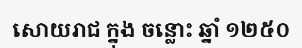
សោយរាជ ក្នុង ចន្លោះ ឆ្នាំ ១២៥០